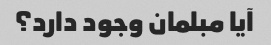
آیا مبلمان وجود دارد؟